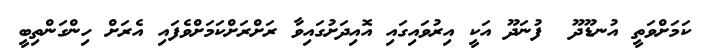
ކަމަށްވަތީ އުނޑޫދޫ  ފުނަދޫ އަކީ އިރުވައިގައި އޮއިދަށުގައިވާ ރަށްރަށްކަމަށްވެފައި އެރަށް ހިންގަންތިބީ